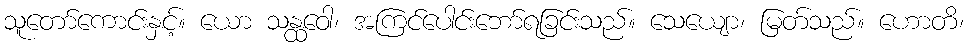
သူတော်ကောင်းနှင့်။ ယော သန္ထဝေါ၊ အကြင်ပေါင်းဘော်ရခြင်းသည်။ သေယျော၊ မြတ်သည်။ ဟောတိ၊